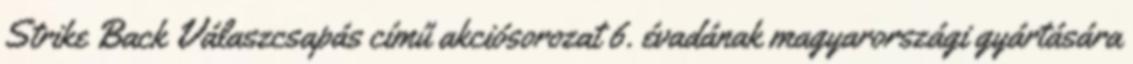
Strike Back Válaszcsapás című akciósorozat 6. évadának magyarországi gyártására